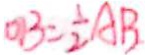
O B = \frac { 1 } { 2 } A B